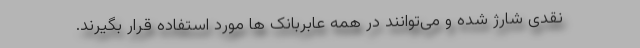
نقدی شارژ شده و می‌توانند در همه عابربانک ها مورد استفاده قرار بگیرند.